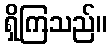
ရှိကြသည်။